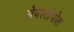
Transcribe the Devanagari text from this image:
सेवस्तोपोल